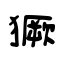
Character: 獗